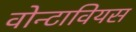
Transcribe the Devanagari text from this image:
वोन्टावियस